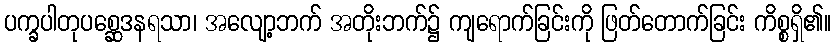
ပက္ခပါတုပစ္ဆေဒနရသာ၊ အလျော့ဘက် အတိုးဘက်၌ ကျရောက်ခြင်းကို ဖြတ်တောက်ခြင်း ကိစ္စရှိ၏။